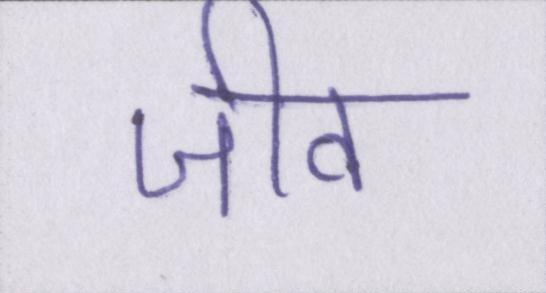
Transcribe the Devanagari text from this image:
जीव